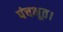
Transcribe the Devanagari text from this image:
पंचभूत।